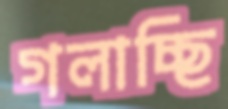
গলাচ্ছি